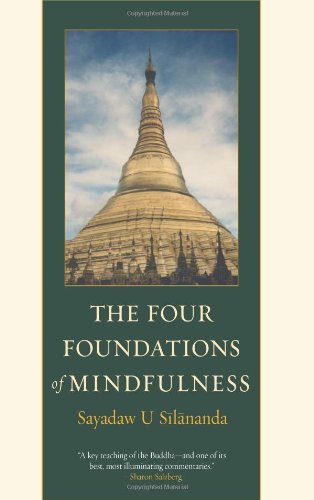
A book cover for The Four Foundations of Mindfulness; Sayadaw U Silananda; Religion & Spirituality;